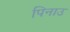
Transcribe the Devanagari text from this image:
पिनाउ